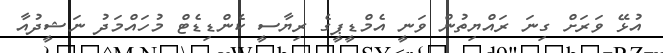
އުޅޭ ވަރަށް ގިނަ ރައްޔިތުން ވަނީ އެމްޑީޕީގެ ރިޔާސީ ކެންޑިޑެޓް މުހައްމަދު ނަޝީދުއާ